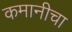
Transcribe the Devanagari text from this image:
कमानीचा